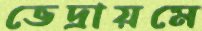
ভেদ্রায়মে